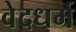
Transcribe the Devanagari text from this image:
वेदधर्म